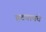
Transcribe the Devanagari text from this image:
हटवायचे